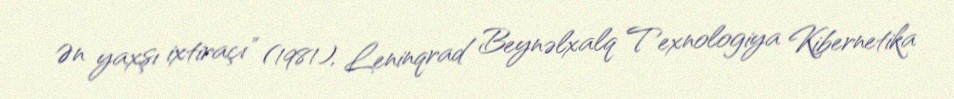
Ən yaxşı ixtiraçı" (1981), Leninqrad Beynəlxalq Texnologiya Kibernetika